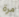
مرة